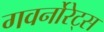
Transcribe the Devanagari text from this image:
गवर्नोरेट्स